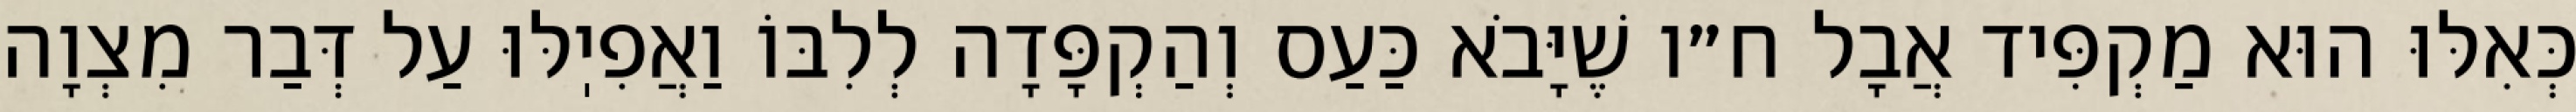
כְּאִלּוּ הוּא מַקְפִּיד אֲבָל ח״ו שֶׁיָּבֹא כַּעַס וְהַקְפָּדָה לְלִבּוֹ וַאֲפִיֽלּוּ עַל דְּבַר מִצְוָה